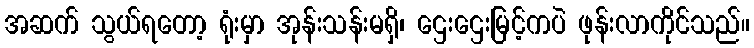
အဆက် သွယ်ရတော့ ရုံးမှာ အုန်းသန်းမရှိ၊ ဌေးဌေးမြင့်ကပဲ ဖုန်းလာကိုင်သည်။